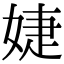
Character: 婕